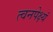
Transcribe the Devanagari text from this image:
त्वनपेक्ष्यं